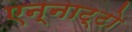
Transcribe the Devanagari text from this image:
एन्नाट्टो